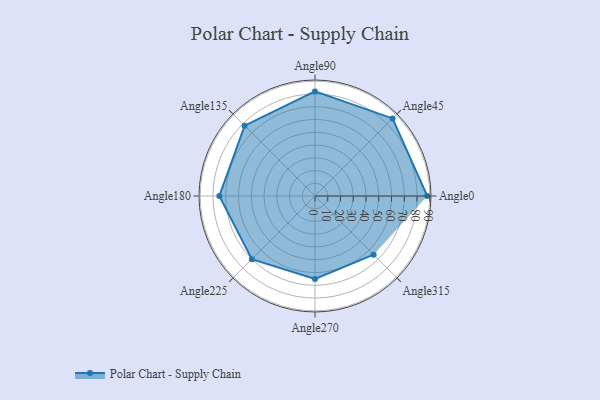
{"axis": {"x": "Angle", "y": "Radius"}, "legend": [""], "data": [{"x": "Angle0", "y": 88.0, "type": ""}, {"x": "Angle45", "y": 86.0, "type": ""}, {"x": "Angle90", "y": 82.0, "type": ""}, {"x": "Angle135", "y": 78.0, "type": ""}, {"x": "Angle180", "y": 75.0, "type": ""}, {"x": "Angle225", "y": 70.0, "type": ""}, {"x": "Angle270", "y": 65.0, "type": ""}, {"x": "Angle315", "y": 65.0, "type": ""}]}